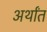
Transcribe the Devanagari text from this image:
अर्थांत